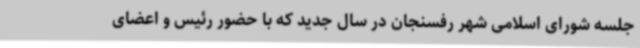
جلسه شورای اسلامی شهر رفسنجان در سال جدید که با حضور رئیس و اعضای